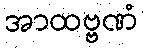
အာထဗ္ဗဏံ